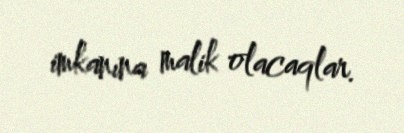
imkanına malik olacaqlar.